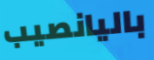
باليانصيب